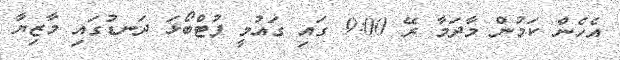
އެހެން ކަމުން މާދަމާ ރޭ 9:00 ގައި ގައުމީ ފުޓްބޯޅަ ދަނޑުގައި މާޒިޔާ